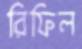
রিফিল